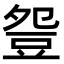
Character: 𧯡